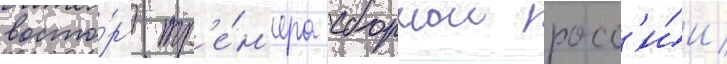
восто́рг тр'е́н'ера сборнои росс'и́и